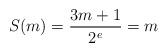
LaTeX: \begin{align*}S(m) = \frac{3m+1}{2^e} = m\end{align*}